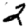
Digit: 2